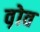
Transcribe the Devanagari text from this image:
व़ोव